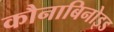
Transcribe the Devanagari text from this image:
कौनाबिनोइड